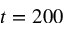
t = 2 0 0